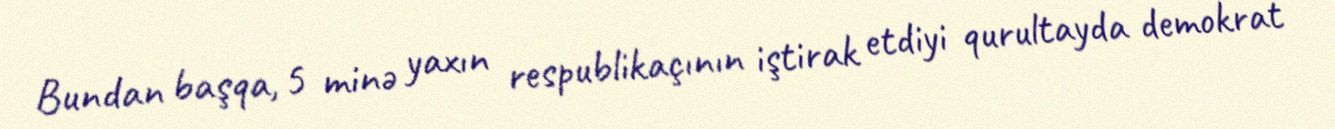
Bundan başqa, 5 minə yaxın respublikaçının iştirak etdiyi qurultayda demokrat